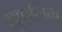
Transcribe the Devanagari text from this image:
व्ह्युएलिंग